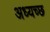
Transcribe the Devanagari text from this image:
अध्यच्छ